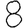
Digit: 8